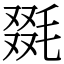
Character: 毲